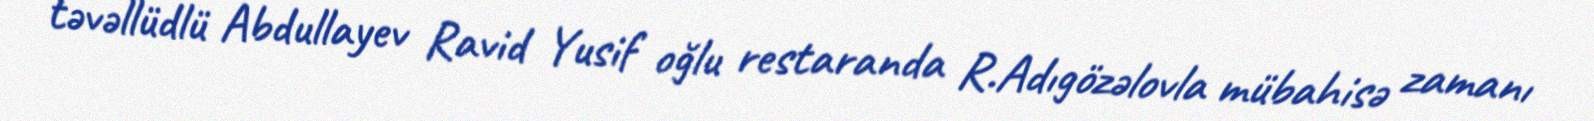
təvəllüdlü Abdullayev Ravid Yusif oğlu restaranda R.Adıgözəlovla mübahisə zamanı